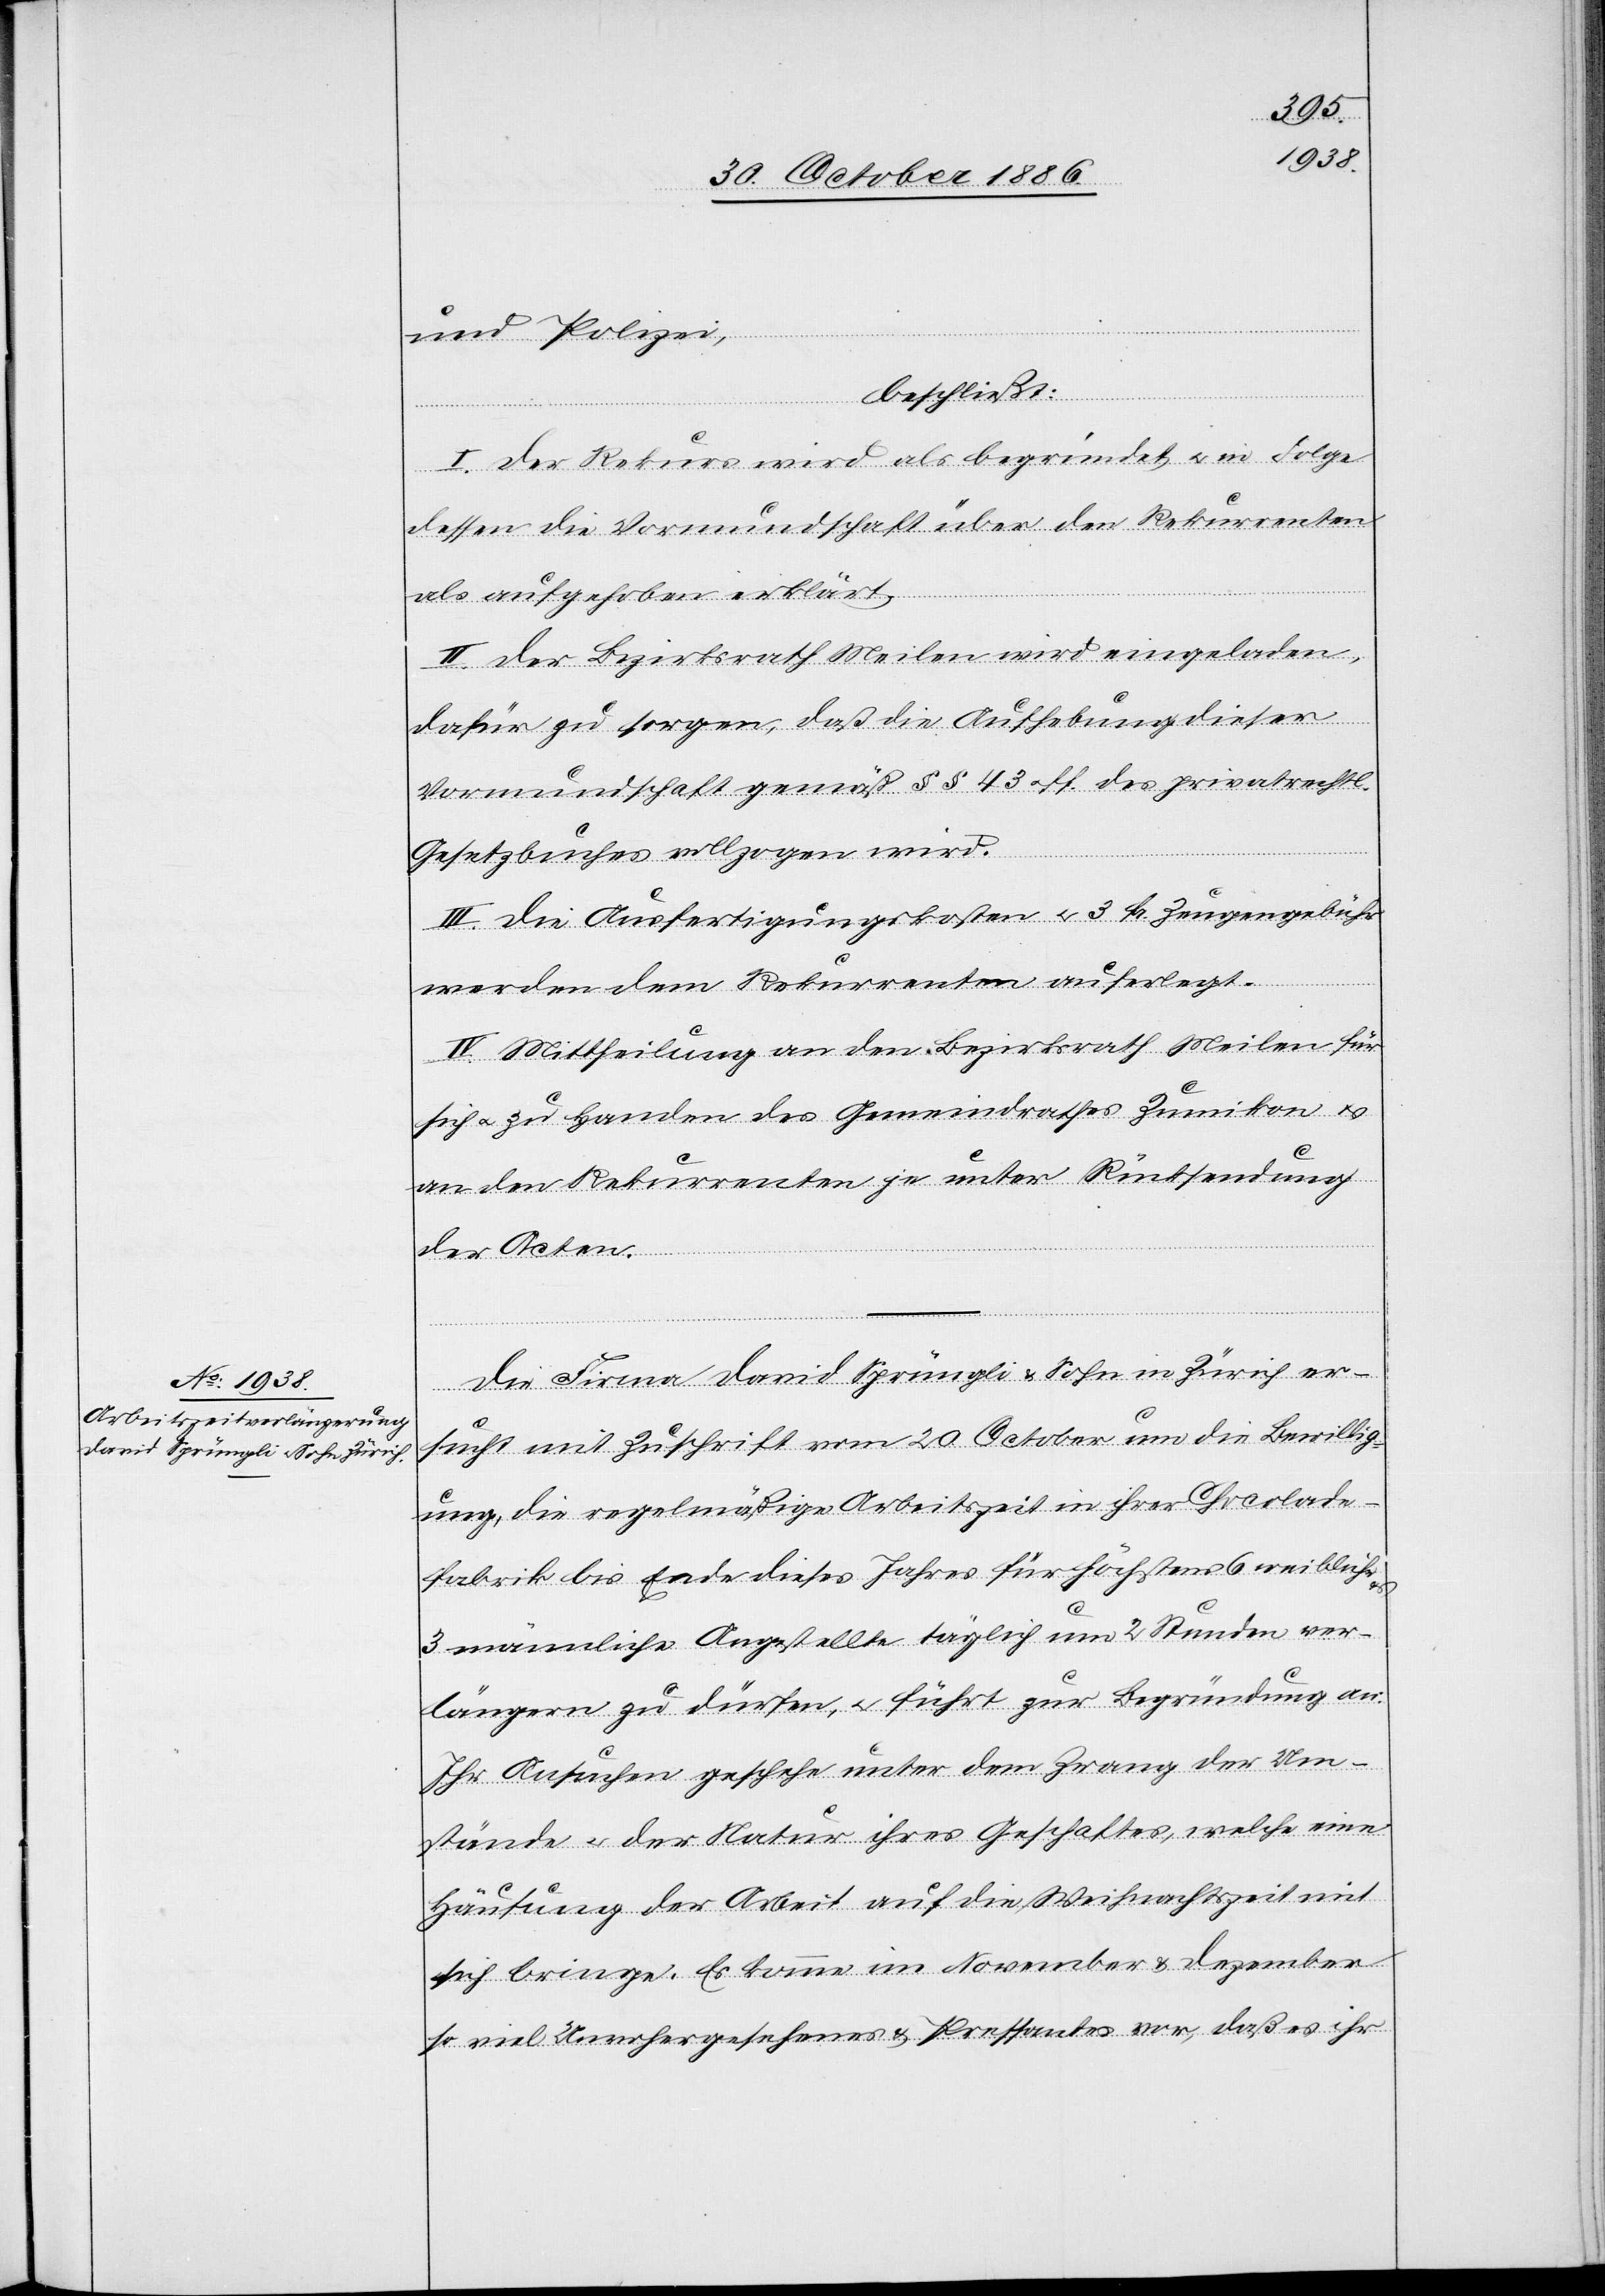
und Polizei,
beschließt:
I. Der Rekurs wird als begründet & in Folge
dessen die Vormundschaft über den Rekurrenten
als aufgehoben erklärt.
II. Der Bezirksrath Meilen wird eingeladen,
dafür zu sorgen, daß die Aufhebung dieser
Vormundschaft gemäß §§ 43 & ff. des privatrechtl.
Gesetzbuches vollzogen wird.
III. Die Ausfertigungskosten & 3 Fr. Zeugengebühr
werden dem Rekurrenten auferlegt.
IV. Mittheilung an den Bezirksrath Meilen für
sich & zu Handen des Gemeindrathes Zumikon &
an den Rekurrenten je unter Rücksendung
der Acten.
Die Firma David Sprüngli & Sohn in Zürich er¬
sucht mit Zuschrift vom 20. October um die Bewillig¬
ung, die regelmäßige Arbeitszeit in ihrer Chocolade¬
fabrik bis Ende dieses Jahres für höchstens 6 weibliche
3 männliche Angestellte täglich um 2 Stunden ver¬
längern zu dürfen, & führt zur Begründung an:
Ihr Ansuchen geschehe unter dem Zwang der Um¬
stände & der Natur ihres Geschaftes [sic!], welche eine
Häufung der Arbeit auf die Weihnachtszeit mit
sich bringe. Es komme im November & Dezember
so viel Unvorhergesehenes & Pressantes vor, daß es ihr